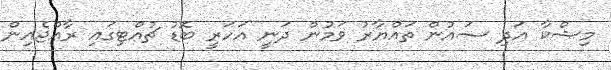
މިޝްކާ އަދި ސައުން ތައްޔާރު ވަމުން ދަނީ އަހަރީ ބޮޑު ޗުއްޓިގައި ރާޢްޖެއިން